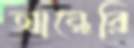
আন্ধেরি